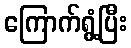
ကြောက်ရွံ့ပြီး